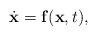
LaTeX: \begin{align*}\dot{\mathbf{x}}=\mathbf{f}(\mathbf{x},t),\end{align*}